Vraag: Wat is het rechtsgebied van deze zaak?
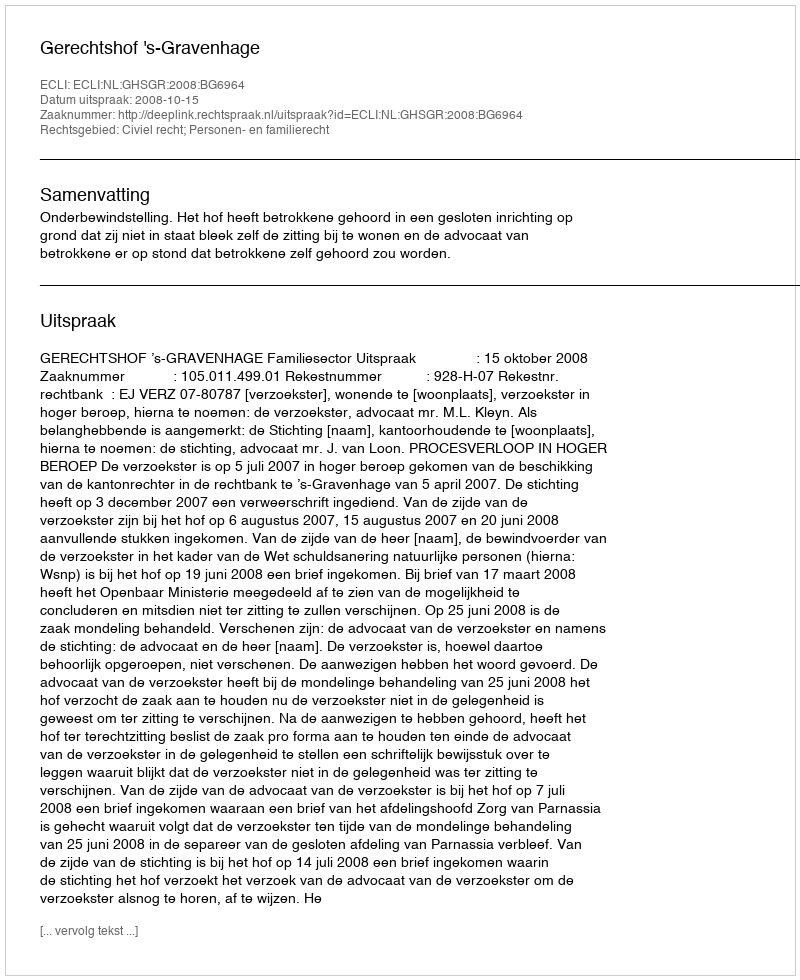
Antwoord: Civiel recht; Personen- en familierecht